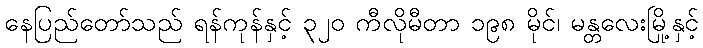
နေပြည်တော်သည် ရန်ကုန်နှင့် ၃၂၀ ကီလိုမီတာ ၁၉၈ မိုင်၊ မန္တလေးမြို့နှင့်